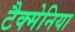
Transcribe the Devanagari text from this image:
टैक्मेनिया